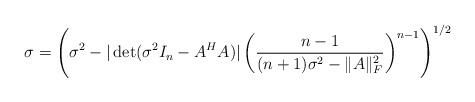
LaTeX: \begin{align*}\sigma=\left(\sigma^2-|\det(\sigma^2 I_n-A^HA)|\left(\frac{n-1}{(n+1) \sigma^2-\|A \|_F^2}\right)^{n-1}\right)^{1/2}\end{align*}